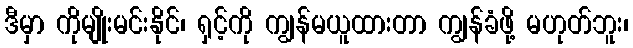
ဒီမှာ ကိုမျိုးမင်းနိုင်၊ ရှင့်ကို ကျွန်မယူထားတာ ကျွန်ခံဖို့ မဟုတ်ဘူး၊